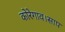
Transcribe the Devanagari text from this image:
कोरेगाव।साप